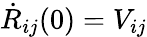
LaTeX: \dot{R}_{ij}(0)=V_{ij}